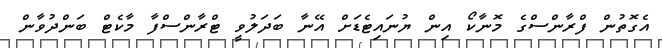
އެގޮތުން ފްރާންސްގެ މޮނާކޯ އިން ޔުނައިޓެޑަށް އޭނާ ބަދަލުވީ ޓްރާންސްފާ މާކެޓް ބަންދުވާން